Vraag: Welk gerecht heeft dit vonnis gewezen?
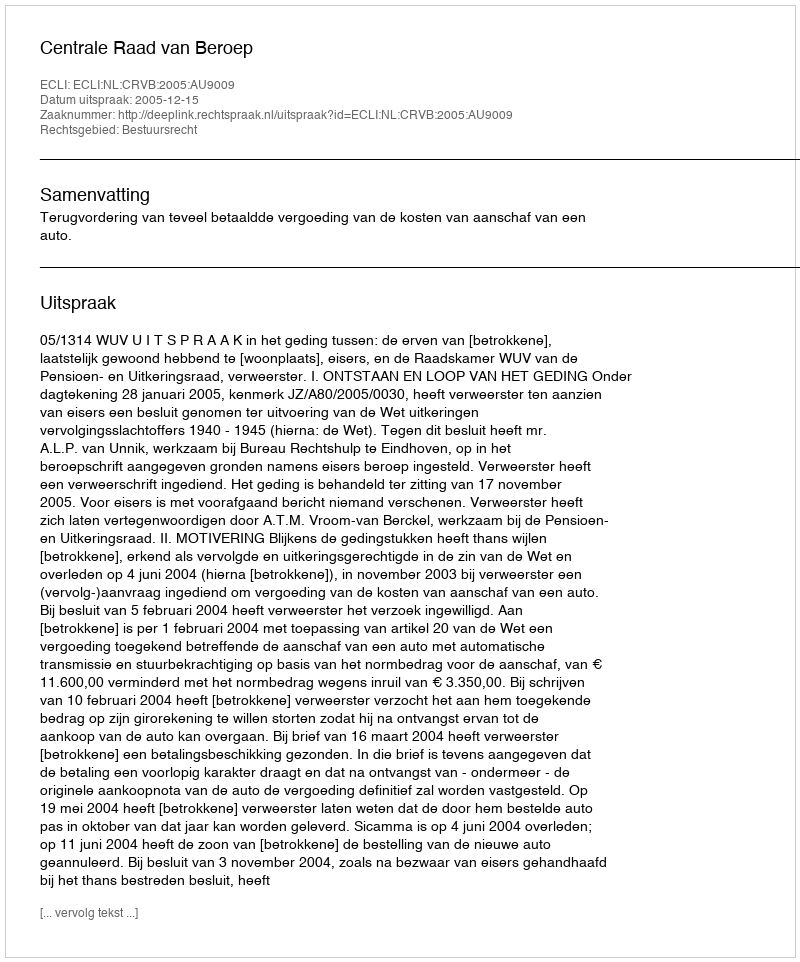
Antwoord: Centrale Raad van Beroep